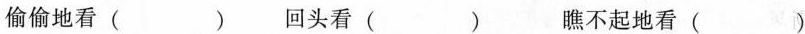
偷偷地看（）回头看（）瞧不起地看（）